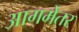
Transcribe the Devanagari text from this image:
आगमेतर